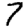
Digit: 7